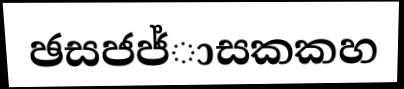
ඡසජජ්ාසකකහ